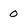
Character: 0